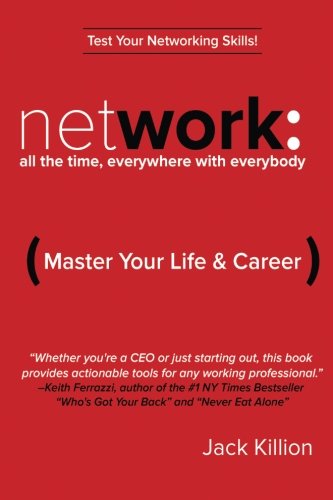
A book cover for Network: All the Time, Everywhere With Everybody: Master Your Life & Career; Mr. Jack Killion; Business & Money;